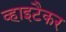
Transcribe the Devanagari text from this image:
व्हाइटैकर